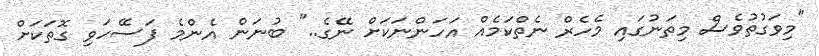
"މިވަގުތުވެސް މިތަނުގައި މެހެރް ނެތްކަމެއް އަހަންނަކަށް ނޭގެ.." ބުނަން އެންމެ ފަސޭހަވި ގޮތަކަށް